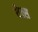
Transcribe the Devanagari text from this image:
येत्स